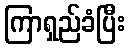
ကြာရှည်ခံပြီး